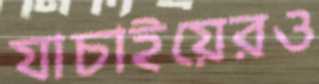
যাচাইয়েরও